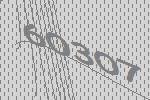
60307